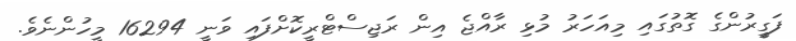
ފަގީރުންގެ ގޮތުގައި މިއަހަރު މުޅި ރާއްޖެ އިން ރަޖިސްޓްރީކޮށްފައި ވަނީ 16294 މީހުންނެވެ.